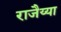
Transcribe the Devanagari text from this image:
राजैय्या